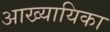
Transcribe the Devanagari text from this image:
अाख्यायिका